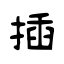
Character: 插